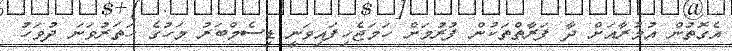
އެގޮތުން އުމުރާއަށް ދާ ފަރާތްތަކުން ފުރުމަށް ހަމަޖެހިފައިވަނީ ޑިސެމްބަރު މަހުގެ ހަތަރުވަނަ ދުވަހު